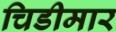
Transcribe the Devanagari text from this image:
चिडीमार